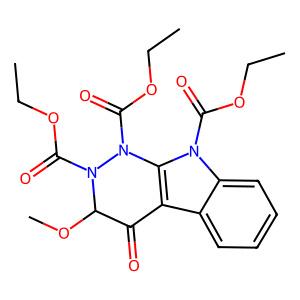
SMILES: CCOC(=O)N1c2c(c3ccccc3n2C(=O)OCC)C(=O)C(OC)N1C(=O)OCC
Inhibits HIV replication: No